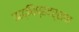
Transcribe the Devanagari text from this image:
ऋद्धिप्रदर्शन